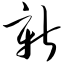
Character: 新